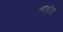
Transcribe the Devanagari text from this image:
बोसीरी